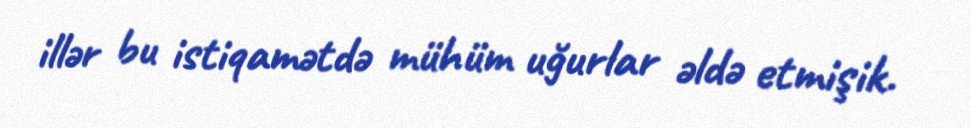
illər bu istiqamətdə mühüm uğurlar əldə etmişik.